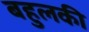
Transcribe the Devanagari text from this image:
बहुलकी